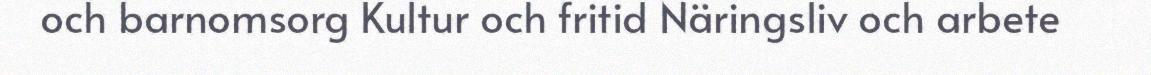
och barnomsorg Kultur och fritid Näringsliv och arbete